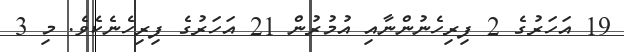
19 އަހަރުގެ 2 ފިރިހެނުންނާއި އުމުރުން 21 އަހަރުގެ ފިރިހެނެކެވެ. މި 3